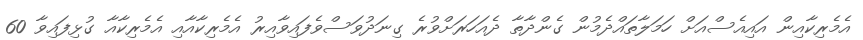
އެމެރިކާއިން އައިއެސްއަށް ހަމަލާތައްދެމުން ގެންދާތާ ދެއަހަރަށްވުރެ ގިނަދުވަސްވެފައިވާއިރު އެމެރިކާއާއި އެމެރިކާއާ ގުޅިފައިވާ 60